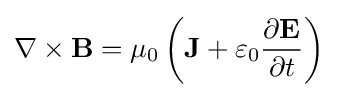
\nabla \times \mathbf {B} =\mu _{0}\left(\mathbf {J} +\varepsilon _{0}{\frac {\partial \mathbf {E} }{\partial t}}\right)